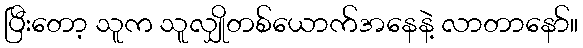
ပြီးတော့ သူက သူလျှိုတစ်ယောက်အနေနဲ့ လာတာနော်။